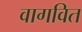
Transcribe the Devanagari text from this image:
वागवित